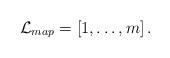
LaTeX: \begin{align*}\mathcal{L}_{map}=\left[1,\ldots, m\right].\end{align*}